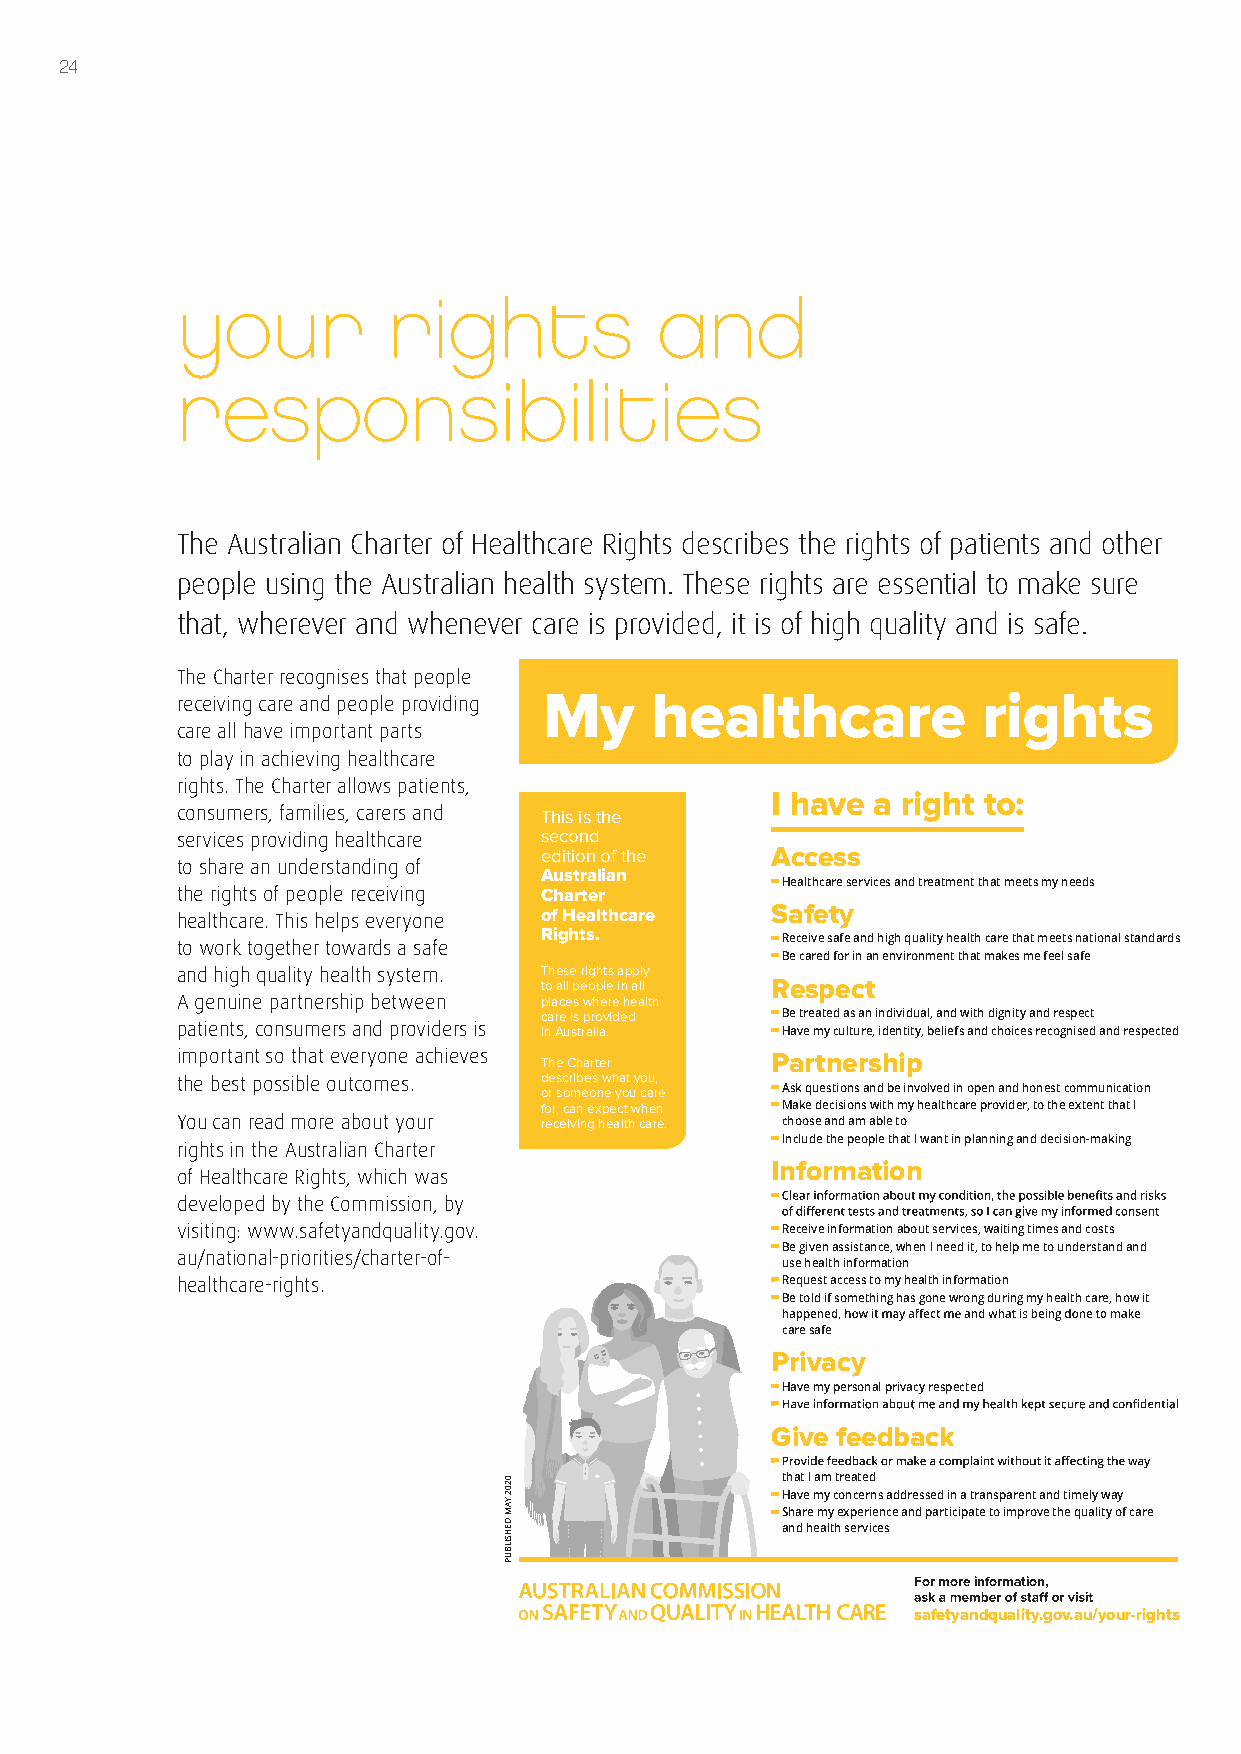
24
 your          rights            and
 responsibilities
 The Australian Charter of Healthcare Rights describes the rights of patients and other
 people using the Australian health system. These rights are essential to make sure
 that, wherever and whenever care is provided, it is of high quality and is safe.
 The Charter recognises that people
 My     healthcare            rights
 receiving care and people providing
 care all have important parts
 to play in achieving healthcare
 rights. The Charter allows patients,
 I have a right to:
 consumers, families, carers and This is the
 services providing healthcare second
 edition of the Access
 to share an understanding of
 Australian
 ■■Healthcare services and treatment that meets my needs
 the rights of people receiving Charter
 of Healthcare  Safety
 healthcare. This helps everyone
 Rights.
 to work together towards a safe
 ■■Receive safe and high quality health care that meets national standards
 ■■Be cared for in an environment that makes me feel safe
 and high quality health system. These rights apply
 to all people in all Respect
 A genuine partnership between places where health
 care is provided ■■Be treated as an individual, and with dignity and respect
 patients, consumers and providers is in Australia. ■■Have my culture, identity, beliefs and choices recognised and respected
 important so that everyone achieves The Charter Partnership
 the best possible outcomes. describes what you,
 or someone you care ■■Ask questions and be involved in open and honest communication
 for, can expect when ■■Make decisions with my healthcare provider, to the extent that I
 You can read more about your receiving health care. choose and am able to
 ■■Include the people that I want in planning and decision-making
 rights in the Australian Charter
 Information
 of Healthcare Rights, which was
 developed by the Commission, by        ■■
 visiting: www.safetyandquality.gov.    ■■Receive information about services, waiting times and costs
 ■■Be given assistance, when I need it, to help me to understand and
 au/national-priorities/charter-of-
 use health information
 healthcare-rights.                     ■■Request access to my health information
 ■■Be told if something has gone wrong during my health care, how it
 care safe
 Privacy
 ■■Have my personal privacy respected
 ■■
 Give feedback
 ■■
 that I am treated
 ■■Have my concerns addressed in a transparent and timely way
 ■■Share my experience and participate to improve the quality of care
 and health services
 For more information,
 safetyandquality.gov.au/your-rights
 0202
 YAM
 DEHSILBUP